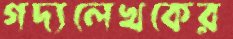
গদ্যলেখকের